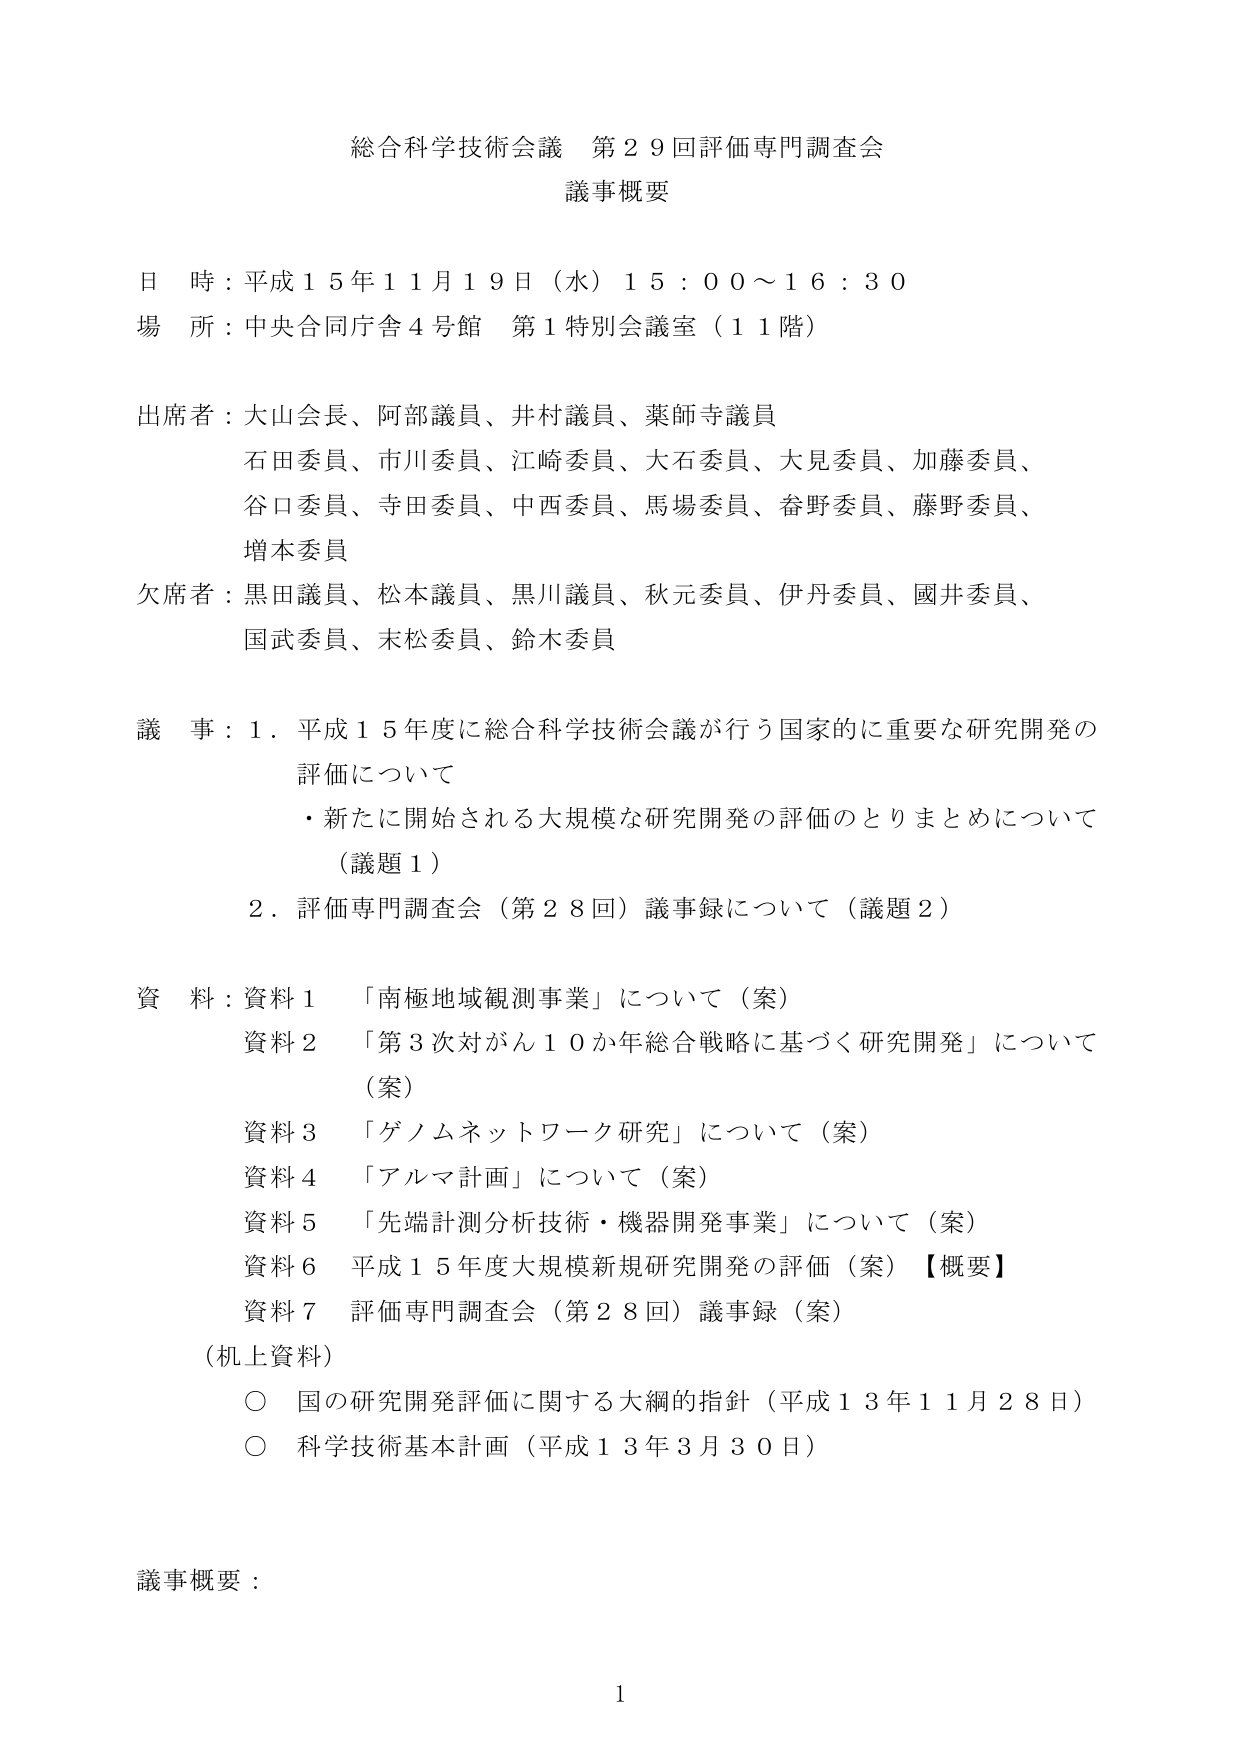
総合科学技術会議 第２９回評価専門調査会
議事概要

日 時：平成１５年１１月１９日（水）１５：００～１６：３０
場 所：中央合同庁舎４号館 第１特別会議室（１１階）

出席者：大山会長、阿部議員、井村議員、薬師寺議員
　　　　石田委員、市川委員、江崎委員、大石委員、大見委員、加藤委員、
　　　　谷口委員、寺田委員、中西委員、馬場委員、畚野委員、藤野委員、
　　　　増本委員

欠席者：黒田議員、松本議員、黒川議員、秋元委員、伊丹委員、國井委員、
　　　　国武委員、末松委員、鈴木委員

議 事：１．平成１５年度に総合科学技術会議が行う国家的に重要な研究開発の
　　　　評価について
　　　　・新たに開始される大規模な研究開発の評価のとりまとめについて
　　　　　（議題１）
　　　　２．評価専門調査会（第２８回）議事録について（議題２）

資 料：資料１　「南極地域観測事業」について（案）
　　　　資料２　「第３次対がん１０か年総合戦略に基づく研究開発」について
　　　　　　　　（案）
　　　　資料３　「ゲノムネットワーク研究」について（案）
　　　　資料４　「アルマ計画」について（案）
　　　　資料５　「先端計測分析技術・機器開発事業」について（案）
　　　　資料６　平成１５年度大規模新規研究開発の評価（案）【概要】
　　　　資料７　評価専門調査会（第２８回）議事録（案）
　　　　（机上資料）
　　　　　　○ 国の研究開発評価に関する大綱的指針（平成１３年１１月２８日）
　　　　　　○ 科学技術基本計画（平成１３年３月３０日）

議事概要：

１